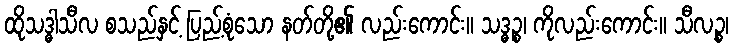
ထိုသဒ္ဓါသီလ စသည်နှင့် ပြည့်စုံသော နတ်တို့၏ လည်းကောင်း။ သဒ္ဓဉ္စ၊ ကိုလည်းကောင်း။ သီလဉ္စ၊